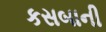
કસબાની